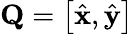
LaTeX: \mathbf{Q}=\left[{\hat{\mathbf{x}}},{\hat{\mathbf{y}}}\right]